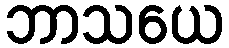
ဘာသယေ